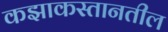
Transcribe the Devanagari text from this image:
कझाकस्तानतील